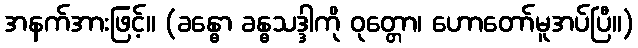
အနက်အားဖြင့်။ (ခန္ဓော ခန္ဓသဒ္ဒါကို ဝုတ္တော၊ ဟောတော်မူအပ်ပြီ။)